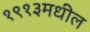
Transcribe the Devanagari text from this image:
१९१३मधील